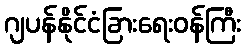
ဂျပန်နိုင်ငံခြားရေးဝန်ကြီး